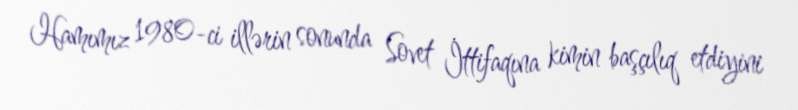
Hamımız 1980-ci illərin sonunda Sovet İttifaqına kimin başçılıq etdiyini